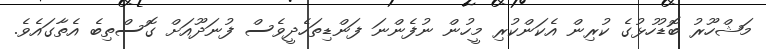
މަޝްހޫރު ބޮޑުހުޅުގެ ކުރިން އެކަންކުރި މީހުން ނުފެންނަ ފަންޑިތަހެދީވެސް ފުނަދޫއަށް ގޮސްތިބެ އެތާގައެވެ.